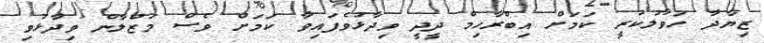
ޒިޔާދާ ހަވާލުކުރީ ކަމަށް އިބްރާހިމް ދީދީ ވިދާޅުވެފައިވާ ކަމަށް ވެސް މަޒްލާން ވިދާޅުވި